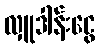
လှူဒါန်းငွေ